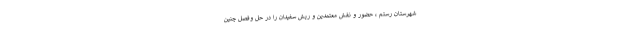
شهرستان رستم ، حضور و نقش معتمدین و ریش سفیدان را در حل وفصل چنین